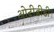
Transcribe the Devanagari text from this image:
ओटीडीडी